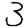
Digit: 3